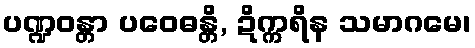
ပဏ္ဍဝန္တာ ပဝေဓန္တိ, ဍိက္ကရိန သမာဂမေ၊